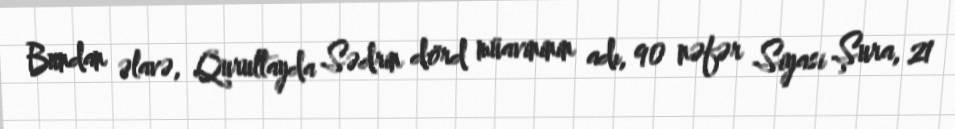
Bundan əlavə, Qurultayda Sədrin dörd müavininin adı, 90 nəfər Siyasi Şura, 21